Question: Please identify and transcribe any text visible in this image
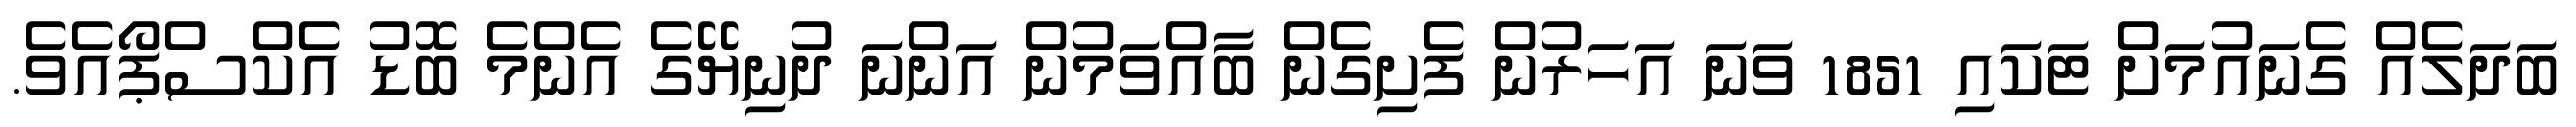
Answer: ބަދަލެއް ގެނައުމަށް ޓަކައި 1851 ވަނަ އަހަރުން ފެށިގެން ބާއްވަމުން އަންނަ ދުނިޔޭގެ އެންމެ ބޮޑު އެކްސްޕޯއެވެ.